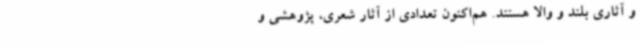
و آثاری بلند و والا هستند. هم‌اکنون تعدادی از آثار شعری، پژوهشی و